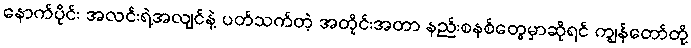
နောက်ပိုင်း အလင်းရဲ့အလျင်နဲ့ ပတ်သက်တဲ့ အတိုင်းအတာ နည်းစနစ်တွေမှာဆိုရင် ကျွန်တော်တို့